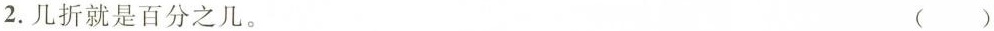
2.几折就是百分之几。 ()